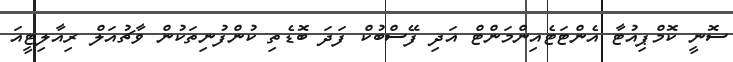
ސޮނީ ކޮމްޕިއުޓާ އެންޓަޓެއިންމަންޓް އަދި ފޭސްބުކް ފަދަ ބޮޑެތި ކުންފުނިތަކުން ވާޗުއަލް ރިއާލިޓީއަ